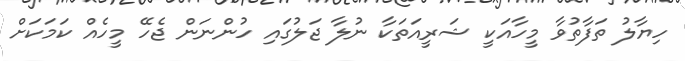
ހިޔާލު ތަފާތުވާ މީހާއަކީ ޝަރީއަތަކާ ނުލާ ޖަލުގައި ހުންނަން ޖެހޭ މީހެއް ކަމަކަށް